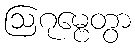
ဩဂုမ္ဗေတွာ